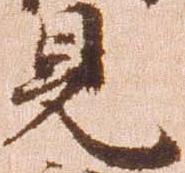
見